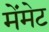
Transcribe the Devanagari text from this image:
मेंमेट